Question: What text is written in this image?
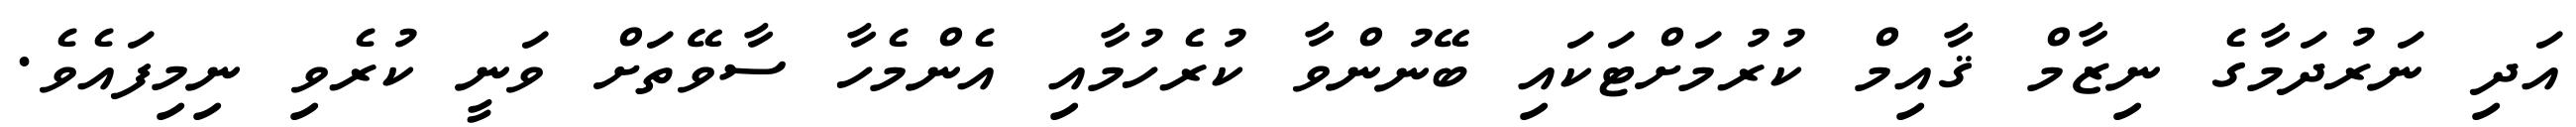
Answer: އަދި ނަރުދަމާގެ ނިޒާމް ޤާއިމް ކުރުމަށްޓަކައި ބޭނުންވާ ކުރެހުމާއި އެންމެހާ ސާވޭތަށް ވަނީ ކުރެވި ނިމިފައެވެ.